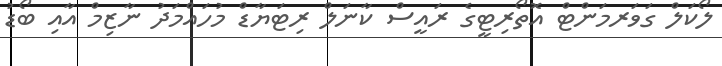
ލޯކަލް ގަވަރމަންޓް އޮތޯރިޓީގެ ރައީސް ކާނަލް ރިޓަޔާޑް މުހައްމަދު ނާޒިމް އާއި ބޯޑު